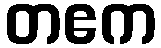
တဧက